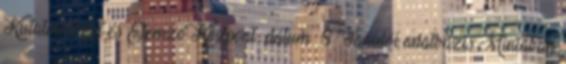
Kutatóintézet és Elemző Központ dátum 8 Tanulói adatbázis Mintában